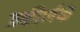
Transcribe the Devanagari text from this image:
प्रकीर्णकं